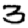
Digit: 3